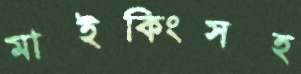
মাইকিংসহ